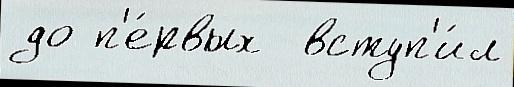
до п'е́рвых  вступ'и́л